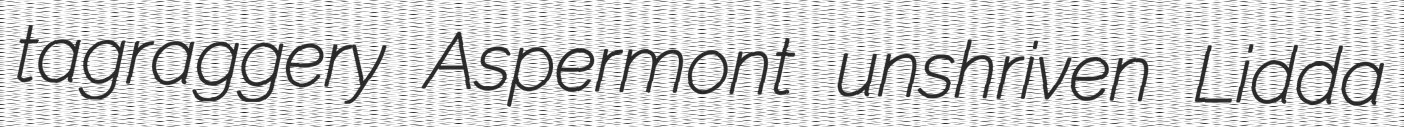
tagraggery Aspermont unshriven Lidda